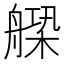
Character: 𦩺